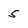
Character: 5